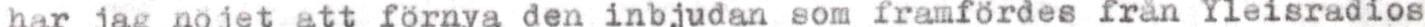
har jag nöjet att förnya den inbjudan som framfördes från Yleisradios